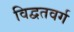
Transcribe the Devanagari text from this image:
विद्वतवर्ग